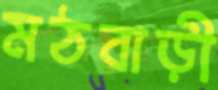
মঠবাড়ী